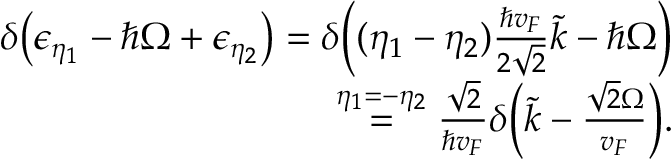
\begin{array} { r l r } & { } & { \delta { \left( \epsilon _ { \eta _ { 1 } } - \hbar \Omega + \epsilon _ { \eta _ { 2 } } \right) } = \delta { \left( ( \eta _ { 1 } - \eta _ { 2 } ) \frac { \hbar v _ { F } } { 2 \sqrt { 2 } } \tilde { k } - \hbar \Omega \right) } } \\ & { } & { \stackrel { \eta _ { 1 } = - \eta _ { 2 } } { = } \frac { \sqrt { 2 } } { \hbar v _ { F } } \delta { \left( \tilde { k } - \frac { \sqrt { 2 } \Omega } { v _ { F } } \right) } . } \end{array}